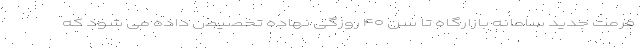
فرمت جدید سامانه بازارگاه تا سن ۴۰ روزگی نهاده تخصیص داده می شود که